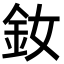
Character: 釹